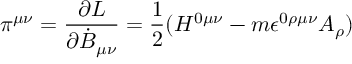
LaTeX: \pi ^ { \mu \nu } = \frac { \partial { \cal L } } { \partial { \dot { B } } _ { \mu \nu } } = \frac { 1 } { 2 } ( H ^ { 0 \mu \nu } - m \epsilon ^ { 0 \rho \mu \nu } A _ { \rho } )